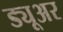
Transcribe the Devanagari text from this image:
ड्यूअर